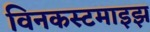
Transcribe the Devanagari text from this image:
विनकस्टमाइझ